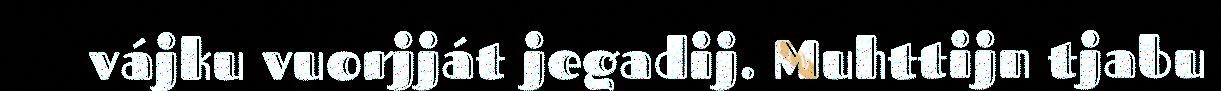
vájku vuorjját jegadij. Muhttijn tjabu